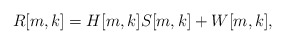
\begin{align*}R[m,k] &= H[m,k]S[m,k] + W[m,k],\end{align*}